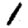
Digit: 1